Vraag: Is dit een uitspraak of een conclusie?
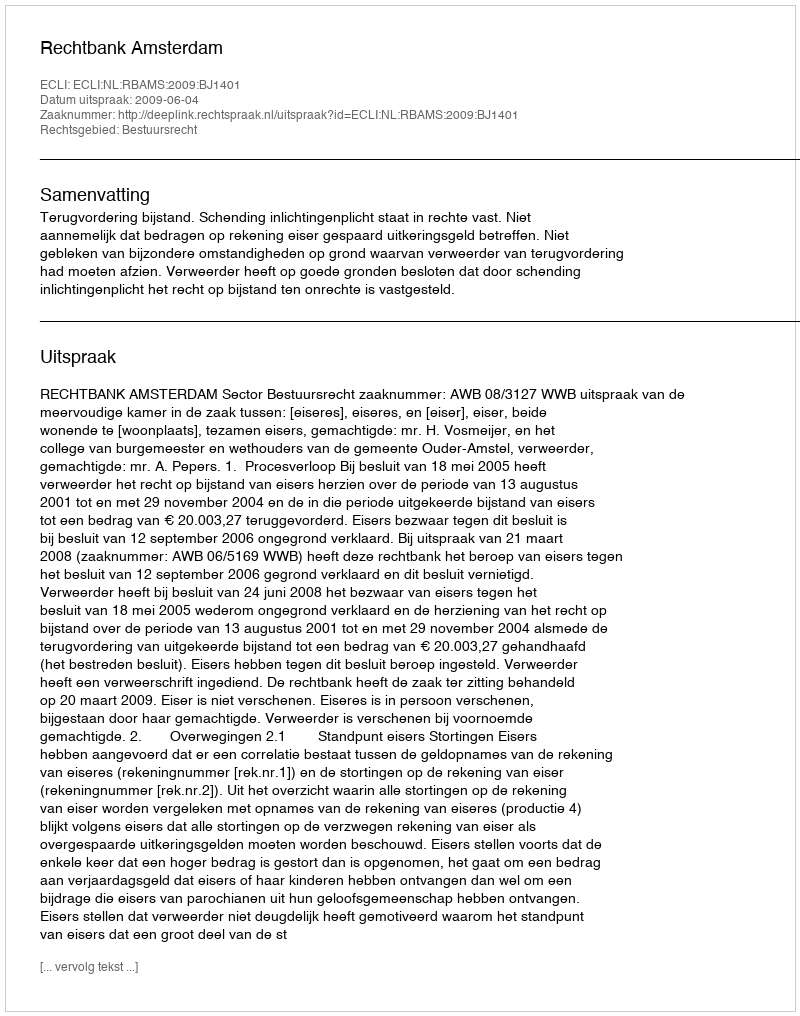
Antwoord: Uitspraak